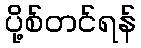
ပို့စ်တင်ရန်